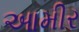
આમીર